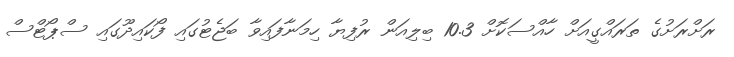
ރަށްރަށުގެ ތަރައްގީއަށް ހާއްސަކޮށް 10.3 ބިލިއަން ރުފިޔާ ހިމަނާފައިވާ ބަޖެޓުގައި ފޯކައިދޫގައި ސްޕޯޓްސް